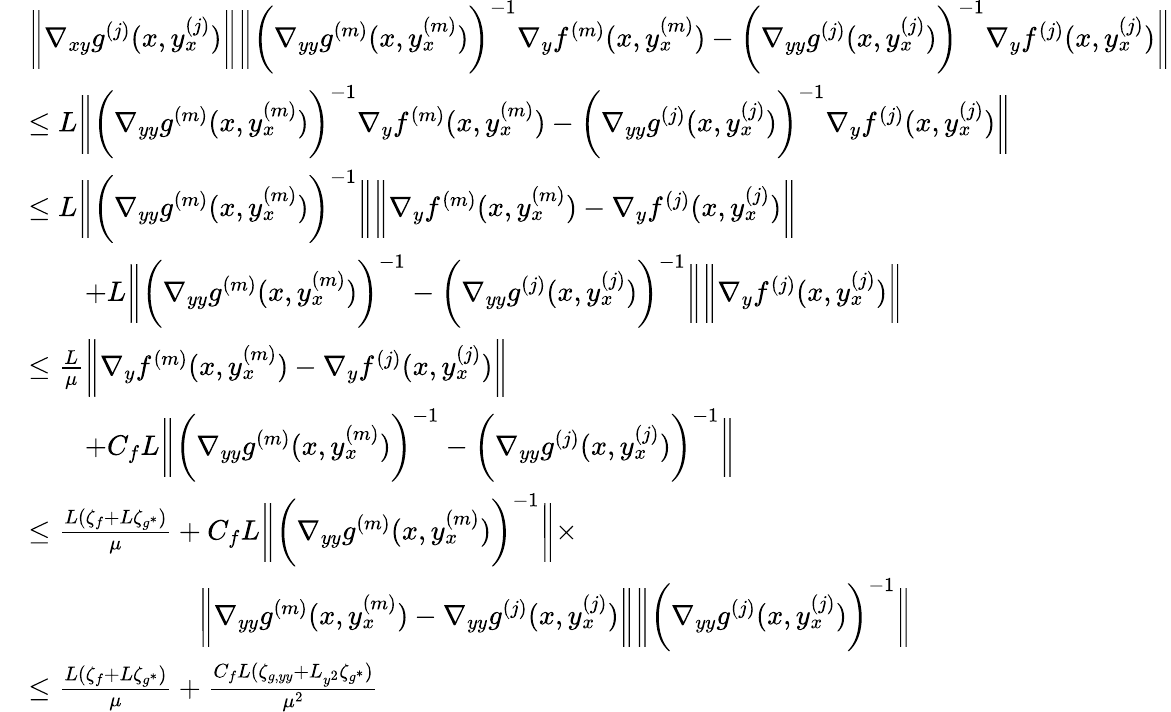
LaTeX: \begin{array}{rl}&{\bigg\| \nabla_{xy}g^{(j)}(x,y_{x}^{(j)})\bigg\| \bigg\| \bigg(\nabla_{yy}g^{(m)}(x,y_{x}^{(m)})\bigg)^{-1}\nabla_{y}f^{(m)}(x,y_{x}^{(m)})-\bigg(\nabla_{yy}g^{(j)}(x,y_{x}^{(j)})\bigg)^{-1}\nabla_{y}f^{(j)}(x,y_{x}^{(j)})\bigg\| }\\ &{\leq L\bigg\| \bigg(\nabla_{yy}g^{(m)}(x,y_{x}^{(m)})\bigg)^{-1}\nabla_{y}f^{(m)}(x,y_{x}^{(m)})-\bigg(\nabla_{yy}g^{(j)}(x,y_{x}^{(j)})\bigg)^{-1}\nabla_{y}f^{(j)}(x,y_{x}^{(j)})\bigg\| }\\ &{\leq L\bigg\| \bigg(\nabla_{yy}g^{(m)}(x,y_{x}^{(m)})\bigg)^{-1}\bigg\| \bigg\| \nabla_{y}f^{(m)}(x,y_{x}^{(m)})-\nabla_{y}f^{(j)}(x,y_{x}^{(j)})\bigg\| }\\ &{\qquad+L\bigg\| \bigg(\nabla_{yy}g^{(m)}(x,y_{x}^{(m)})\bigg)^{-1}-\bigg(\nabla_{yy}g^{(j)}(x,y_{x}^{(j)})\bigg)^{-1}\bigg\| \bigg\| \nabla_{y}f^{(j)}(x,y_{x}^{(j)})\bigg\| }\\ &{\leq\frac{L}{\mu}\bigg\| \nabla_{y}f^{(m)}(x,y_{x}^{(m)})-\nabla_{y}f^{(j)}(x,y_{x}^{(j)})\bigg\| }\\ &{\qquad+C_{f}L\bigg\| \bigg(\nabla_{yy}g^{(m)}(x,y_{x}^{(m)})\bigg)^{-1}-\bigg(\nabla_{yy}g^{(j)}(x,y_{x}^{(j)})\bigg)^{-1}\bigg\| }\\ &{\leq\frac{L(\zeta_{f}+L\zeta_{g^{\ast}})}{\mu}+C_{f}L\bigg\| \bigg(\nabla_{yy}g^{(m)}(x,y_{x}^{(m)})\bigg)^{-1}\bigg\| \times}\\ &{\qquad\qquad\qquad\bigg\| \nabla_{yy}g^{(m)}(x,y_{x}^{(m)})-\nabla_{yy}g^{(j)}(x,y_{x}^{(j)})\bigg\| \bigg\| \bigg(\nabla_{yy}g^{(j)}(x,y_{x}^{(j)})\bigg)^{-1}\bigg\| }\\ &{\leq\frac{L(\zeta_{f}+L\zeta_{g^{\ast}})}{\mu}+\frac{C_{f}L(\zeta_{g,yy}+L_{y^{2}}\zeta_{g^{\ast}})}{\mu^{2}}}\end{array}